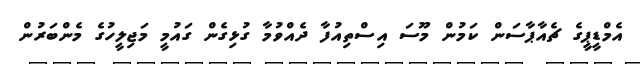
އެމްޑީޕީގެ ޗެއާޕާސަން ކަމުން މޫސަ އިސްތިއުފާ ދެއްވުމާ ގުޅިގެން ގައުމީ މަޖިލީހުގެ މެންބަރުން